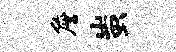
詹蚩